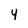
Character: 4